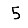
Digit: 5